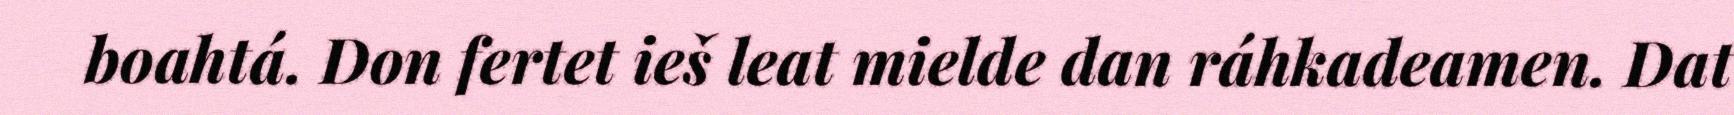
boahtá. Don fertet ieš leat mielde dan ráhkadeamen. Dat